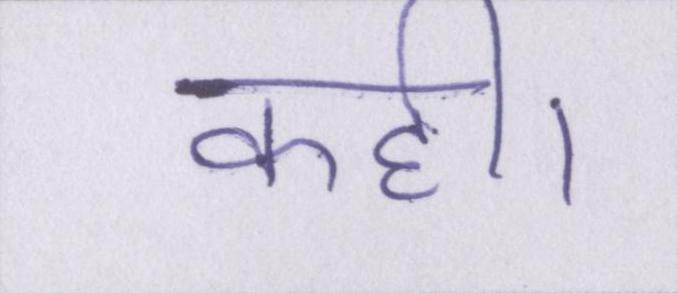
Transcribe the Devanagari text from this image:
कही।